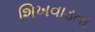
શિખવાડતા